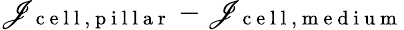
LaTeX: \mathscr{J}_{\mathrm{{~c~e~l~l~,~p~i~l~l~a~r~}}}-\mathscr{J}_{\mathrm{{~c~e~l~l~,~m~e~d~i~u~m~}}}